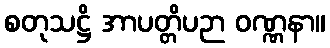
စတုသဋ္ဌိ အာပတ္တိပဉာ ဝဏ္ဏနာ။